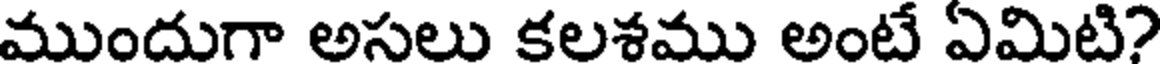
ముందుగా అసలు కలశము అంటే ఏమిటి?